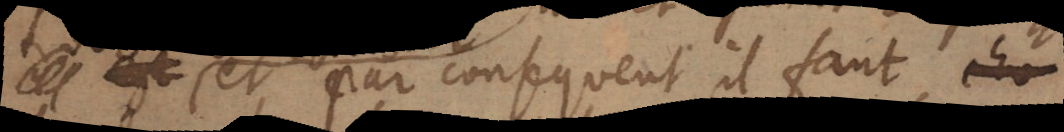
et par consequent il faut